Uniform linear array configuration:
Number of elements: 4
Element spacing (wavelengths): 0.5
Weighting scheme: cosine
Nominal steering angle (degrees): -45
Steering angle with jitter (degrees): -46.589
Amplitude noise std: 0.05
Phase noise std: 0.05

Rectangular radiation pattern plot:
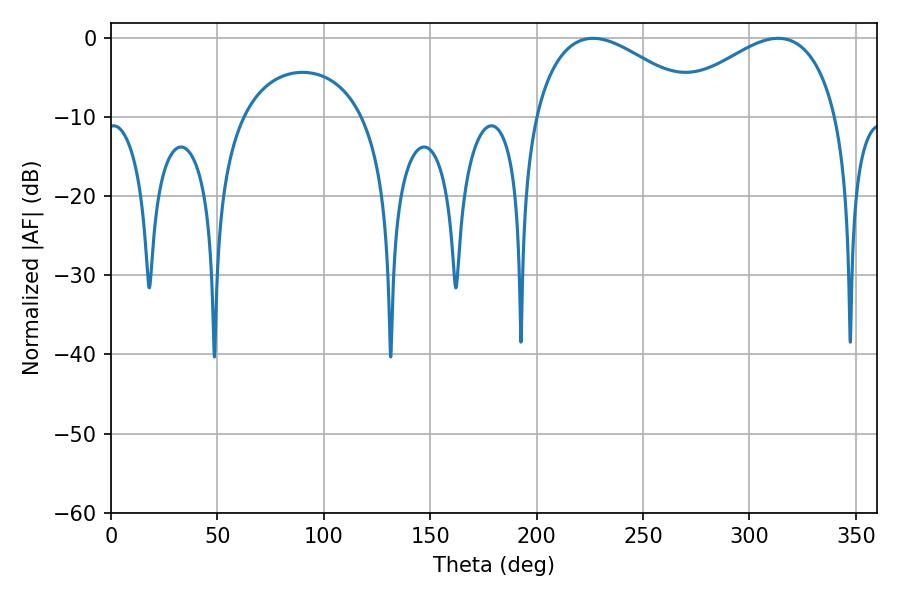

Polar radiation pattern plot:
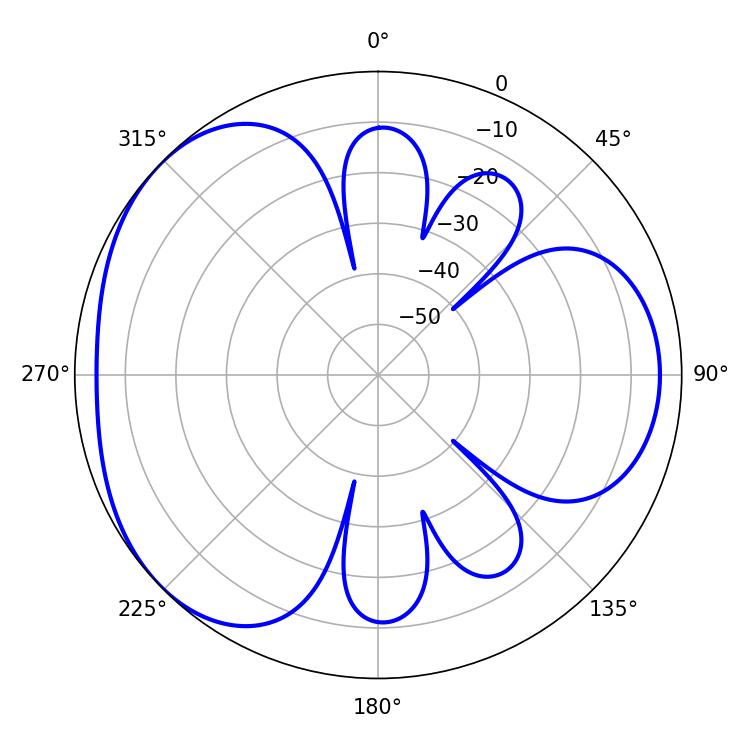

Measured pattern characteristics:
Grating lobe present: FALSE
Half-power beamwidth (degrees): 43.74
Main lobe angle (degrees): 226.44